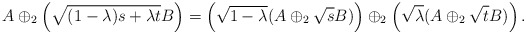
\begin{align*}A\oplus_2\left(\sqrt{(1-\lambda) s+\lambda t}B\right)=\left(\sqrt{1-\lambda}(A\oplus_2\sqrt{s}B)\right)\oplus_2\left(\sqrt{\lambda}(A\oplus_2\sqrt{t}B)\right).\end{align*}